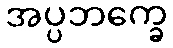
အပ္ပဘက္ခေ